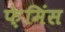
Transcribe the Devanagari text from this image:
फ़ेमिंस